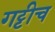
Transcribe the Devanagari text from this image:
गट्टीच